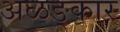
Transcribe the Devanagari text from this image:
अळङ्कार